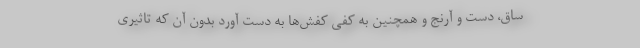
ساق، دست و آرنج و همچنین به کفی کفش‌ها به دست آورد بدون آن که تاثیری